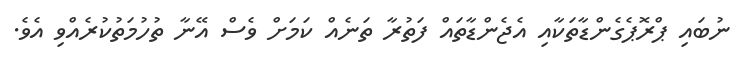
ނުބައި ޕްރޮޕެގެންޑާތަކާއި އެޖެންޑާތައް ފަތުރާ ތަނެއް ކަމަށް ވެސް އޭނާ ތުހުމަތުކުރެއްވި އެވެ.